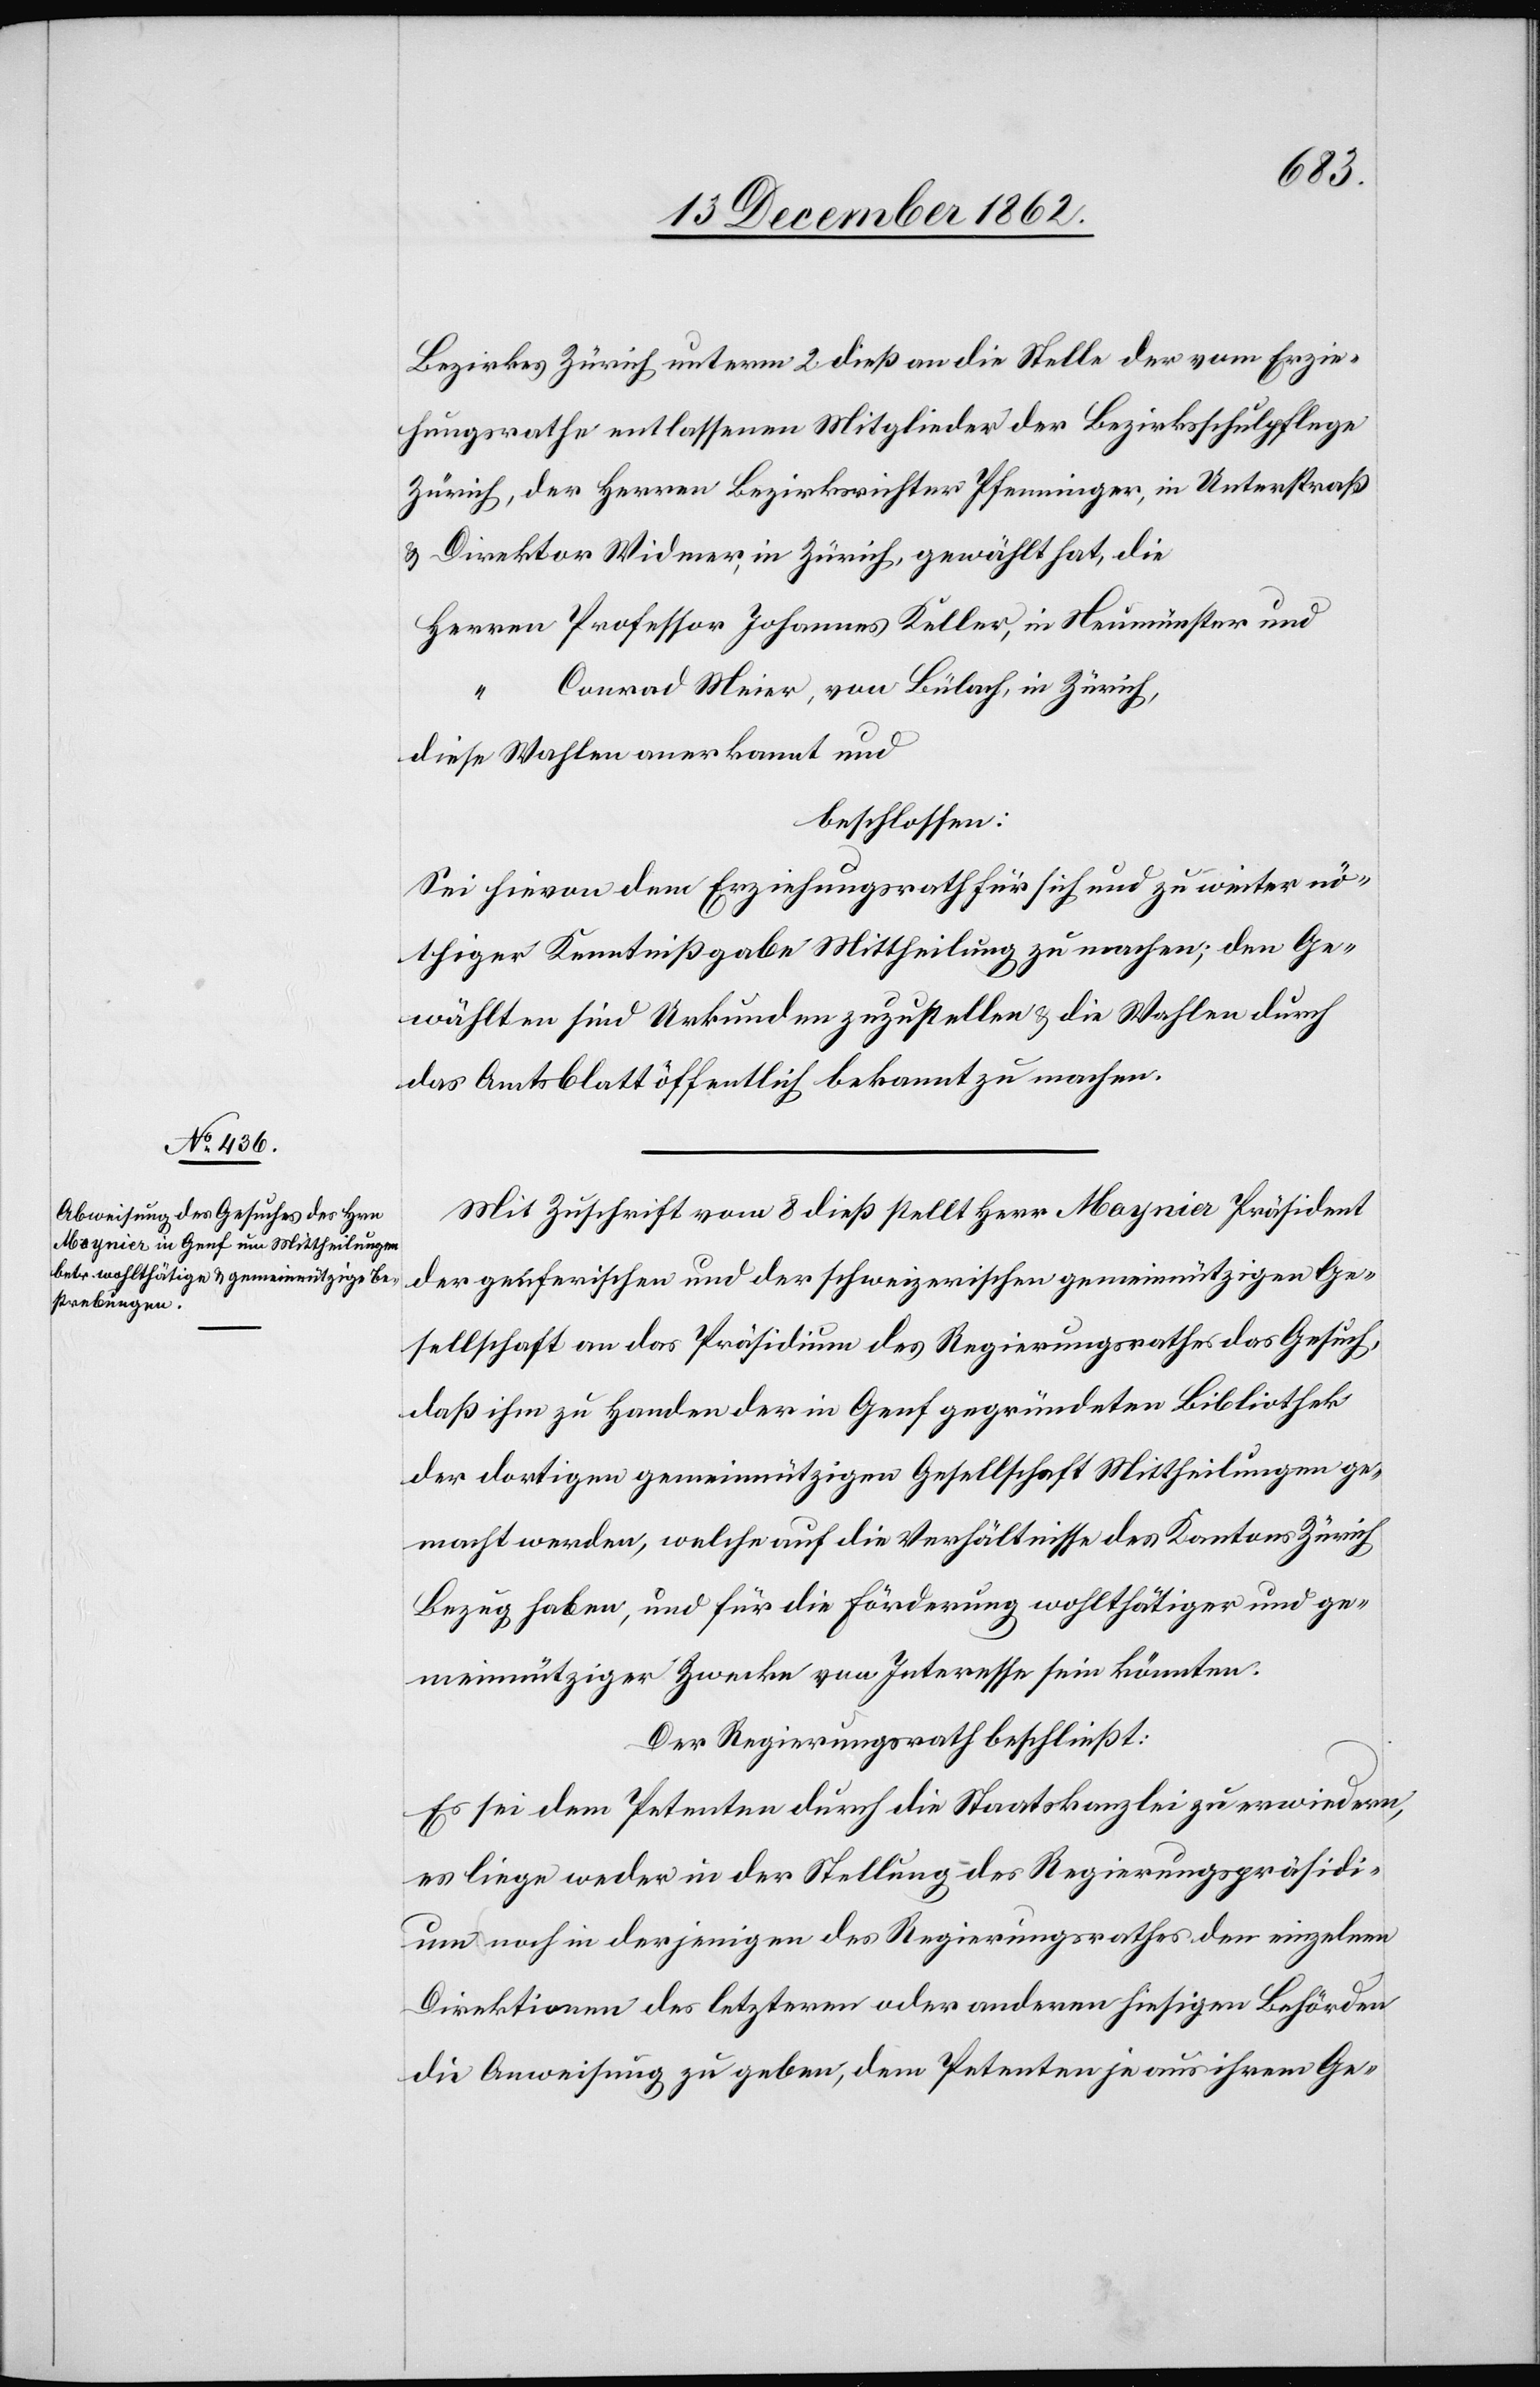
Keller,
Bezirkes Zürich unterm 2. dieß an die Stelle der vom Erzie¬
hungsrathe entlassenen Mitglieder der Bezirksschulpflege
Zürich, der Herren Bezirksrichter Pfenninger, in Unterstraß
u. Direktor Widmer, in Zürich, gewählt hat, die
Conrad Meier, von Bülach, in Zürich,
diese Wahlen anerkannt und
beschlossen:
Sei hievon dem Erziehungsrath für sich und zu weiter nö¬
thiger Kenntnißgabe Mittheilung zu machen; den Ge¬
wählten sind Urkunden zuzustellen u. die Wahlen durch
das Amtsblatt öffentlich bekannt zu machen.
Mit Zuschrift vom 8. dieß stellt Herr Moynier Präsident
der genferischen und der schweizerischen gemeinnützigen Ge¬
sellschaft an das Präsidium des Regierungsrathes das Gesuch,
daß ihm zu Handen der in Genf gegründeten Bibliothek
der dortigen gemeinnützigen Gesellschaft Mittheilungen ge¬
macht werden, welche auf die Verhältnisse des Kantons Zürich
Bezug haben, und für die Förderung wohlthätiger und ge¬
meinnütziger Zwecke von Interesse sein könnten.
Der Regierungsrath beschließt:
Es sei dem Petenten durch die Staatskanzlei zu erwiedern,
es liege weder in der Stellung des Regierungspräsidi¬
um noch in derjenigen des Regierungsrathes den einzelnen
Direktionen des letzteren oder anderen hiesigen Behörden
die Anweisung zu geben, dem Petenten je aus ihrem Ge-